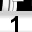
Digit: 1